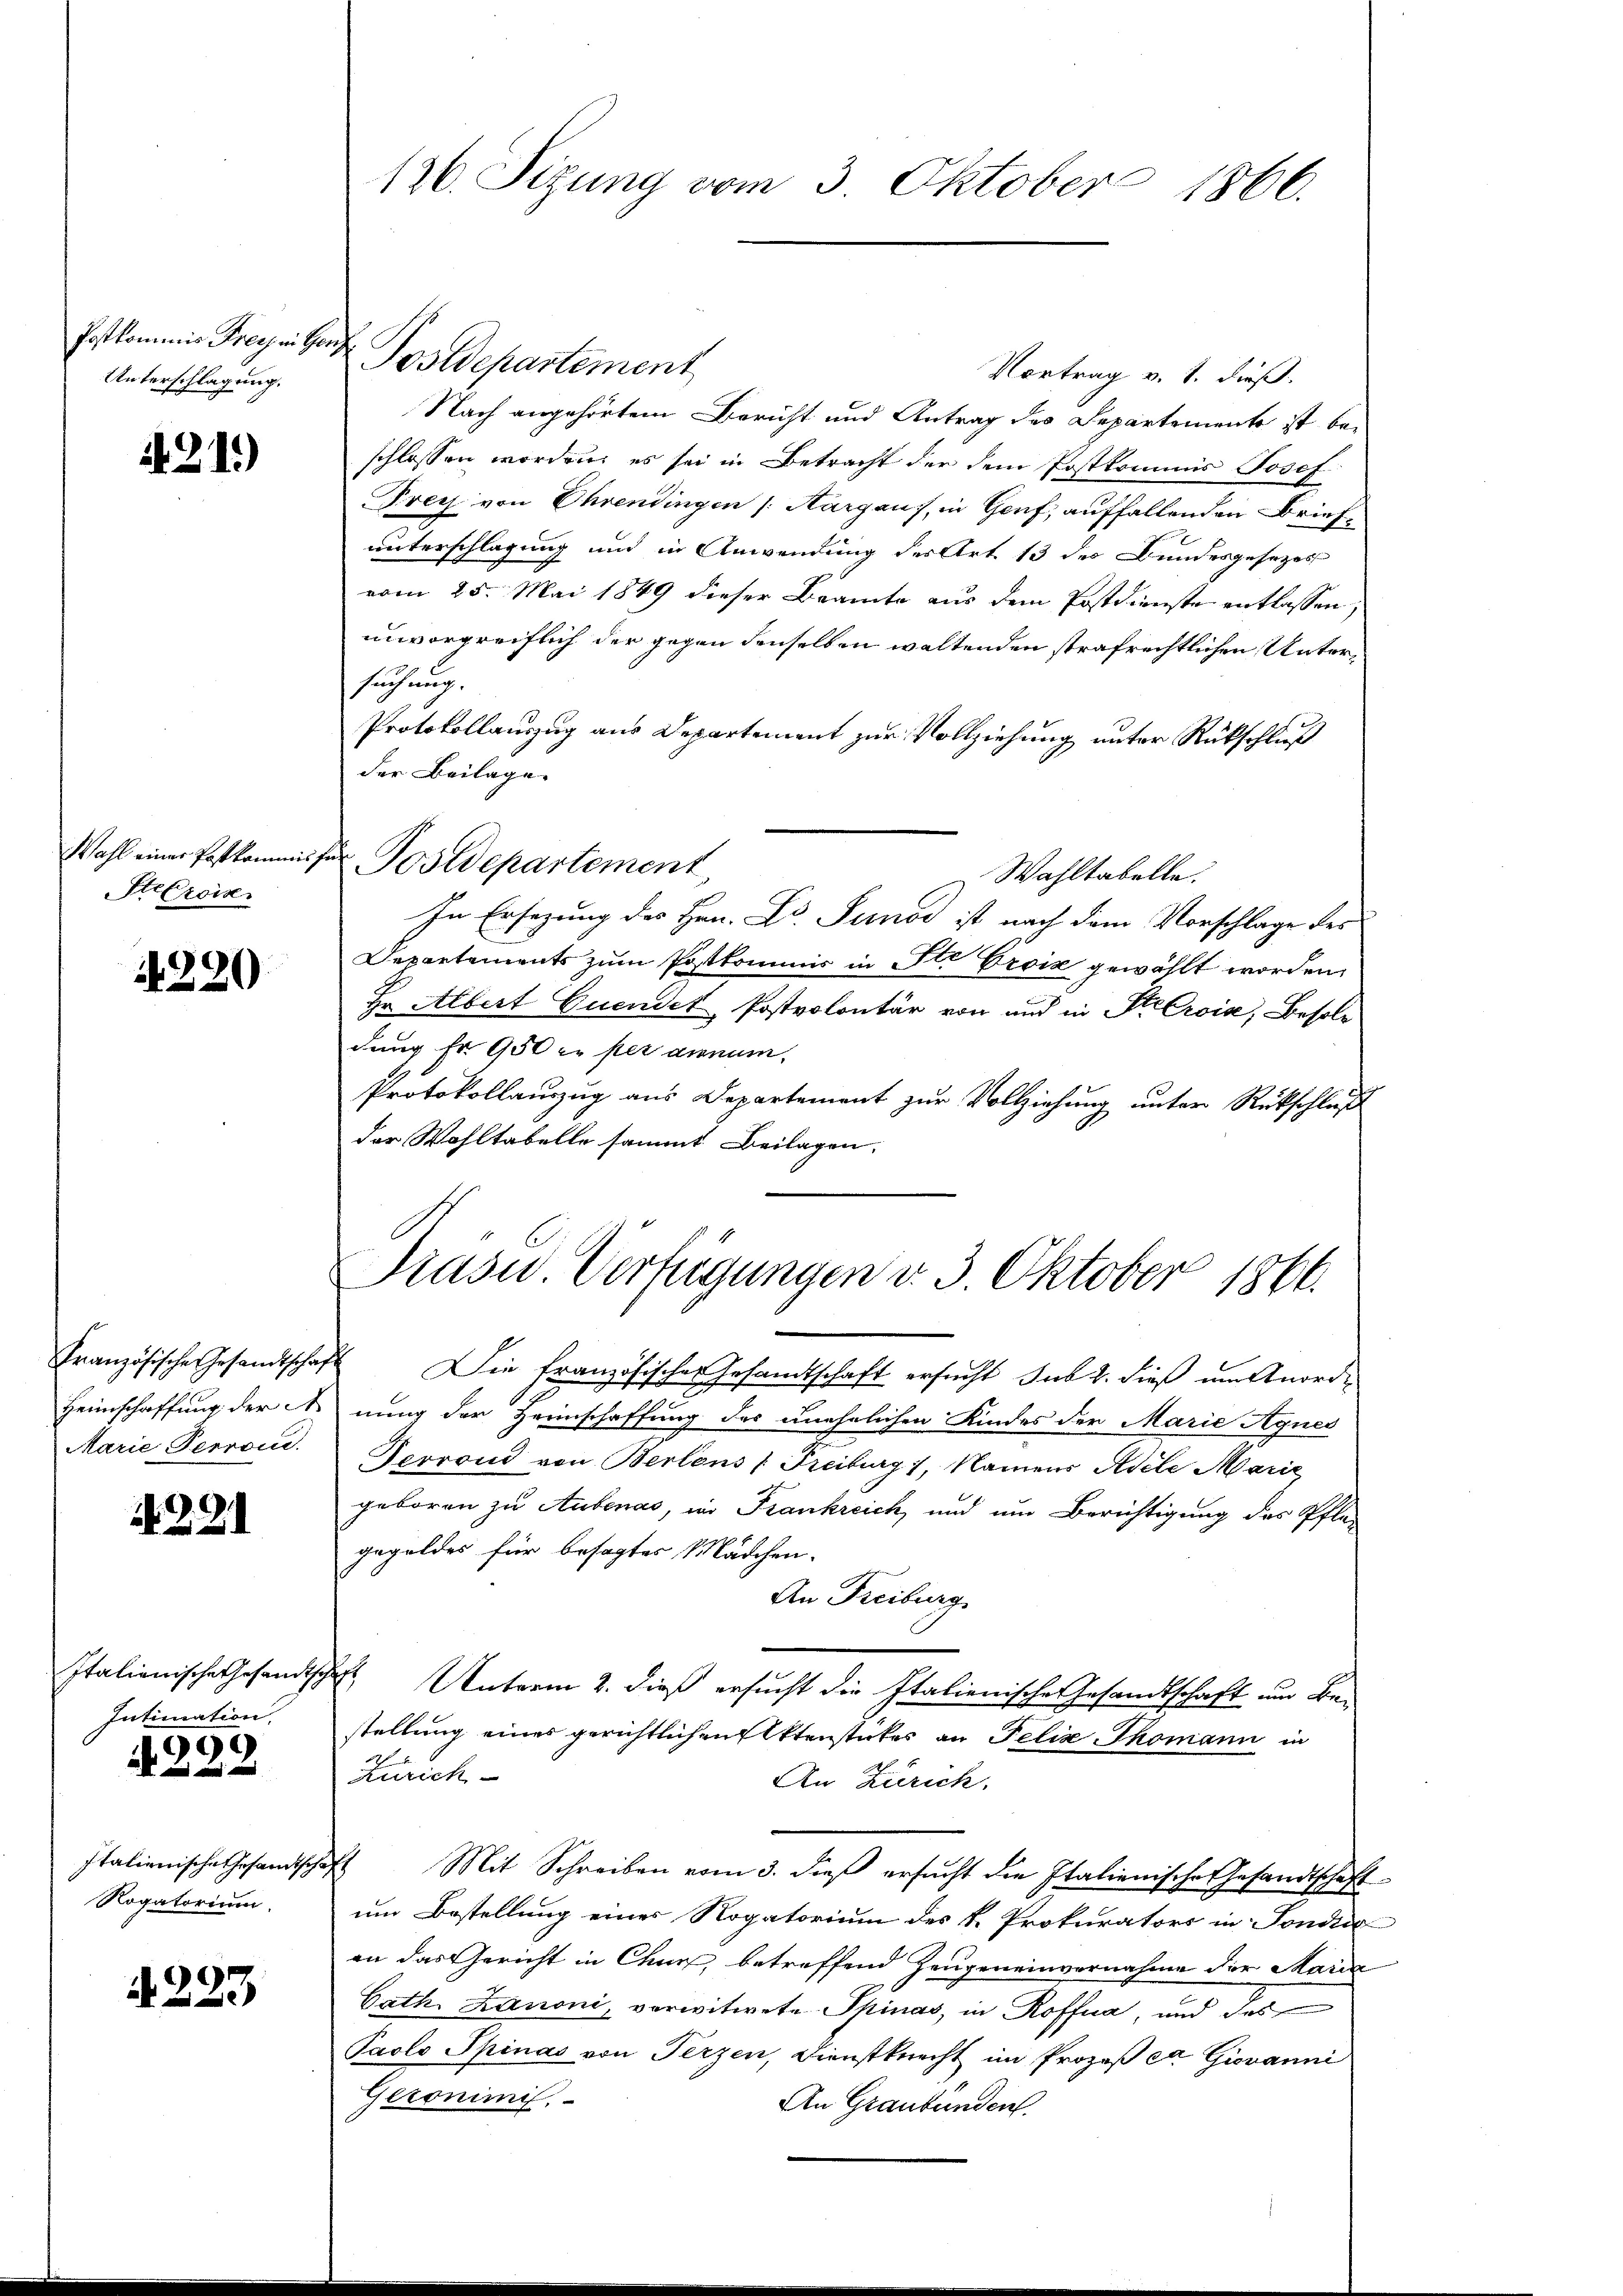
Unterschlagung.

.21.)

Wahl einer Postkommis¬
Stefrois

4220

Marie Perrou

N. Z. 21

Italienische Gesandtsch
Intimation.
9

Italienische Gesandtsch
Rogatorium.

N 223

126. Sizung vom 3. Oktober 1866.

Vortrag v. 1. dieß.
Nach angehörtem Bericht und Antrag des Departement ist beschlossen worden, es sei in Betracht der dem Postkommis Josef
Frey von Ohrendingen (Aargaus, in Genf, auffallenden Briefunterschlagung und in Anwendung der Art 13 des Bundesgesezes
vom 25. Mai 1849 dieser Beamte aus dem Postdienste entlassen,
unvorgreiflich der gegen denselben waltenden strafrechtlichen Untersuchung. |
Protokollauszug aus Departement zur Vollziehung unter Rückschluß
der Beilagen
Wahltabelle.
In Ersezung des Hrn. L. Sunod ist nach dem Vorschlage des
Departements zum Postkommis in Ste Croix gewählt worden,
Er Albert Quendet Postvolontär von und in St. Croix, Besoldung Fr. 950 in per ainum,
Protokollauszug aus Departement zur Vollziehung unter Rückschluß
der Wohltabelle sammt Beilagen.
Präsid.. Verfügungen v. 3. Oktober 1866.
Französische Gesandtschaft Die französischer Gesandtschaft ersucht sub 2. dieß um Anord¬
Heimschaffung der Annung der Heimschaffung des unehelichen Kindes der Marie Agnes
Terrond von Berlons (Freiburg, Namens Adele Marie
geboren zu Aubenas, in Krankreich, und um Berichtigung des Pfla-
gegoldes für besagtes Mädchen.
An Freiburg
f
Unterm 2. dieß ersucht die Italienische Gesandtschaft um Bei
stellung eines gerichtlichen Aktenstückes an Felix-Thomann in
Zürich
An Zürich,
7 Mit Schreiben vom 3. dieβ ersŭcht die Italienische Gesandtschaft
um Bestellung einer Rogatorium des k. Prokurators in Fondi
an das Gericht in Chur, betreffend Zeugeneinvernahme der Maria
Bath. Zanoni, vorwitwete Phinas, in Roffna, und des
Paolo Spinas von Terzen, Dienstknecht im Prozeß er Giovanni
Geronimis.
An Graubünden.

Postkommnis Freye der Postdepartement

t Postdepartement,